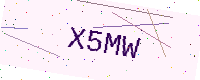
Text: X5MW